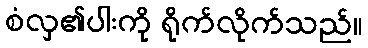
စံလှ၏ပါးကို ရိုက်လိုက်သည်။